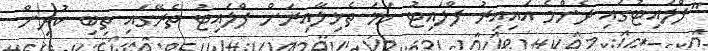
"ފްލައިޓުގައި ދެންމެ އައިއިރު ފްލައިޓު ހަމަ ތެޅިލާއިރަށް ފްލައިޓު ތެރޭގައި ތިބި ކުދިން